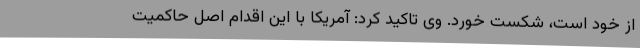
از خود است، شکست خورد. وی تاکید کرد: آمریکا با این اقدام اصل حاکمیت